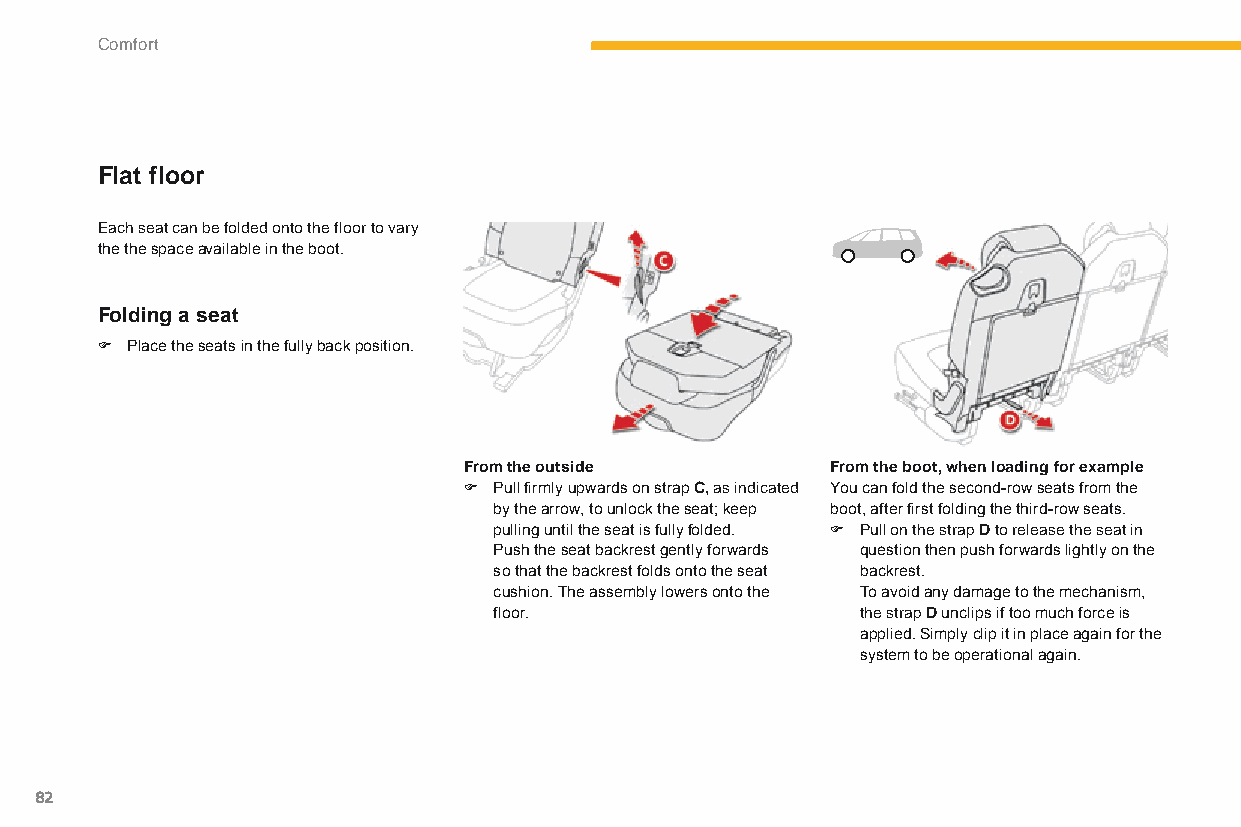
Comfort
 Flat floor
 Each seat can be folded onto the floor to vary
 the the space available in the boot.
 Folding a seat
 F Place the seats in the fully back position.
 From the outside        From the boot, when loading for example
 F Pull firmly upwards on strap C, as indicated You can fold the second-row seats from the
 by the arrow, to unlock the seat; keep boot, after first folding the third-row seats.
 pulling until the seat is fully folded. F Pull on the strap D to release the seat in
 Push the seat backrest gently forwards question then push forwards lightly on the
 so that the backrest folds onto the seat backrest.
 cushion. The assembly lowers onto the To avoid any damage to the mechanism,
 floor.                  the strap D unclips if too much force is
 applied. Simply clip it in place again for the
 system to be operational again.
 82
 C4-Picasso-II_en_Chap03_confort_ed01-2015